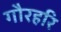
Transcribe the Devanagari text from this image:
गौरहरि